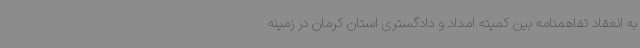
به انعقاد تفاهمنامه بین کمیته امداد و دادگستری استان کرمان در زمینه